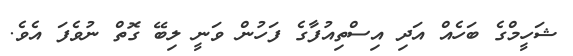
ޝަހީމްގެ ބަހެއް އަދި އިސްތިއުފާގެ ފަހުން ވަނީ ލިބޭ ގޮތް ނުވެފަ އެވެ.